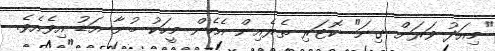
"މިއަދު ވަރަށް ގިނަ" ކޮޓަރި ތެރެއިން އެހެން މީހަކު ބުނާ އަޑު އިވެއެވެ.